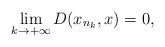
LaTeX: \begin{align*}\lim_{k\to +\infty} D(x_{n_k},x)=0,\end{align*}